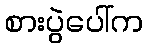
စားပွဲပေါ်က